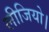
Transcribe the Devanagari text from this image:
लीजियो।